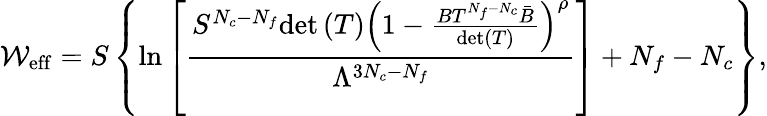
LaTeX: \mathcal{W}_{\mathrm{{eff}}}=S\left\{ \ln\left[\frac{{S^{N_{c}-N_{f}}\mathrm{{det}}\left(T\right)\left(1-\frac{{BT^{N_{f}-N_{c}}\bar{{B}}}}{{\mathrm{{det}}(T)}}\right)^{\rho}}}{{\Lambda^{3N_{c}-N_{f}}}}\right]+N_{f}-N_{c}\right\} ,